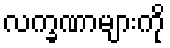
လက္ခဏာများကို